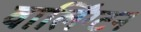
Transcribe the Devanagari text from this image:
वार्लिंग्टन